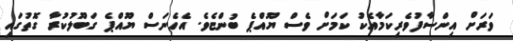
ވަރަށް އިންސާފުވެރިކަމާއެކު ކަމަށް ވެސް ޔޫއްޕެ ބުންޏެވެ. އެހެނަސް ޔޫއްޕެ ގަބޫލުކުރާ ގޮތުގައި